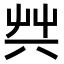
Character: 𠔖